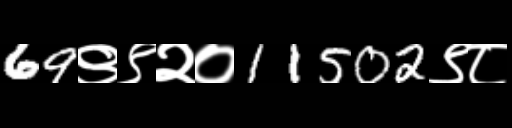
Text: 69९९२०11502९८